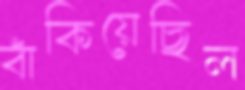
বাঁকিয়েছিল